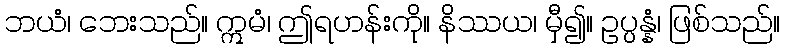
ဘယံ၊ ဘေးသည်။ ဣမံ၊ ဤရဟန်းကို။ နိဿယ၊ မှီ၍။ ဥပ္ပန္နံ၊ ဖြစ်သည်။